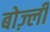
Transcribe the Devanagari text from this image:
बोज़्ली